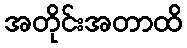
အတိုင်းအတာထိ